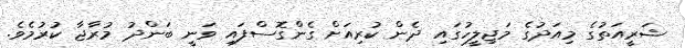
ޝަރީއަތުގެ މިއަދުގެ މަޖިލީހުގައި ދެން ކުރިއަށް ގެންގޮސްފައި ވަނީ ބަންދު މުރާޖާ ކުރުމެވެ.